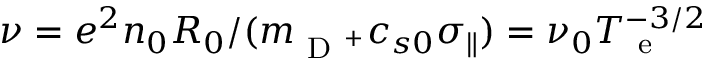
\nu = e ^ { 2 } n _ { 0 } R _ { 0 } / ( m _ { \mathrm { ~ D ~ } ^ { + } } c _ { s 0 } \sigma _ { \parallel } ) = \nu _ { 0 } T _ { \mathrm { ~ e ~ } } ^ { - 3 / 2 }